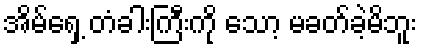
အိမ်ရှေ့ တံခါးကြီးကို သော့ မခတ်ခဲ့မိဘူး